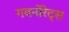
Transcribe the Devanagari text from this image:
गवर्नोरेट्स